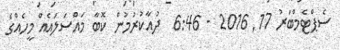
ސެޕްޓެމްބަރު 17